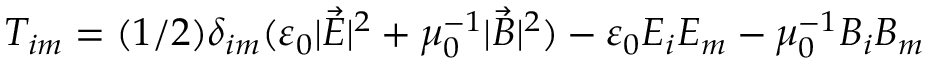
T _ { i m } = ( 1 / 2 ) \delta _ { i m } ( \varepsilon _ { 0 } | \vec { E } | ^ { 2 } + \mu _ { 0 } ^ { - 1 } | \vec { B } | ^ { 2 } ) - \varepsilon _ { 0 } E _ { i } E _ { m } - \mu _ { 0 } ^ { - 1 } B _ { i } B _ { m }